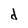
Character: d